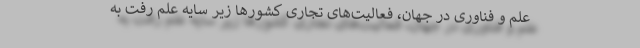
علم و فناوری در جهان، فعالیت‌های تجاری کشور‌ها زیر سایه علم رفت به